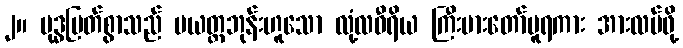
၂။ ဗုဒ္ဓမြတ်စွာသည် ပယတ္တဘုန်းဟူသော လုံ့လဝီရိယ ကြီးမားတော်မူရကား အားလပ်ဖို့